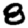
Digit: 8